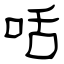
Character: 咶